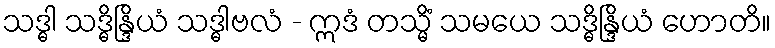
သဒ္ဓါ သဒ္ဓိန္ဒြိယံ သဒ္ဓါဗလံ - ဣဒံ တသ္မိံ သမယေ သဒ္ဓိန္ဒြိယံ ဟောတိ။